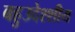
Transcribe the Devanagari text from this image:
बहुउदेश्शीय